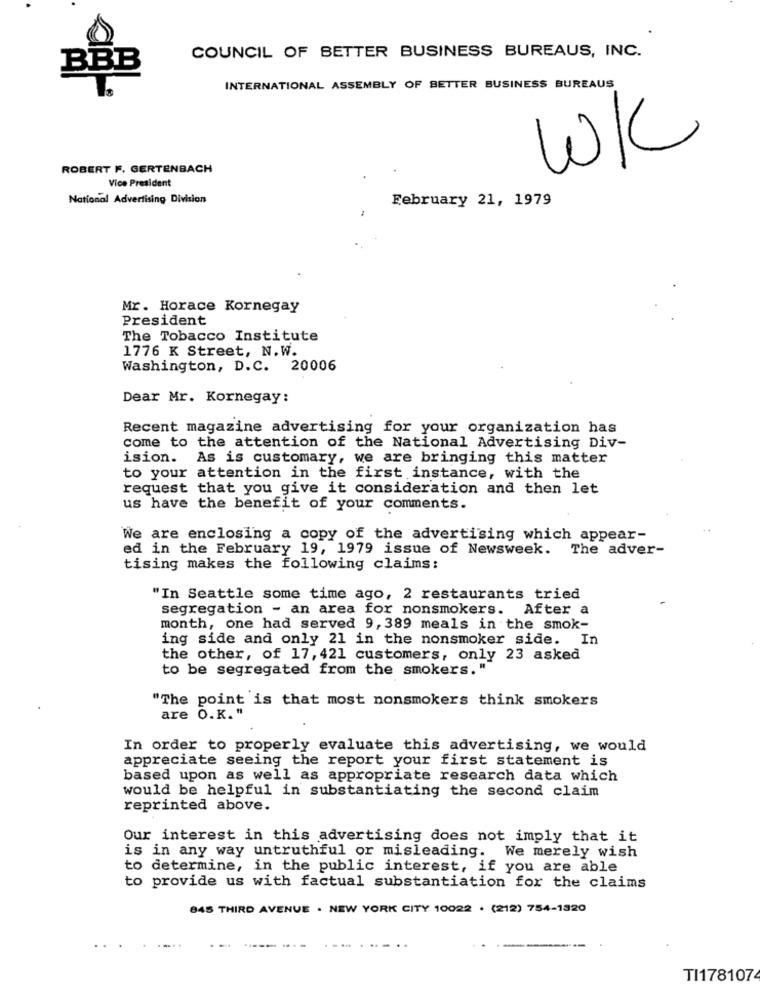
COUNCIL OF BETTER BUSINESS BUREAUS, INC.
BBB
INTERNATIONAL ASSEMBLY OF BETTER BUSINESS BUREAUS
W/C
ROBERT F. GERTENBACH
Vice President
National Advertising Division
February 21, 1979
Mr. Horace Kornegay
President
The Tobacco Institute
1776 K Street, N.W.
Washington, D.C. 20006
Dear Mr. Kornegay:
Recent magazine advertising for your organization has
come to the attention of the National Advertising Div-
ision. As is customary, we are bringing this matter
to your attention in the first instance, with the
request that you give it consideration and then let
us have the benefit of your comments.
We are enclosing a copy of the advertising which appear-
ed in the February 19, 1979 issue of Newsweek. The adver-
tising makes the following claims:
"In Seattle some time ago, 2 restaurants tried
segregation - an area for nonsmokers. After a
month, one had served 9, 389 meals in the smok-
ing side and only 21 in the nonsmoker side. In
the other, of 17, 421 customers, only 23 asked
to be segregated from the smokers."
"The point is that most nonsmokers think smokers
are O.K."
In order to properly evaluate this advertising, we would
appreciate seeing the report your first statement is
based upon as well as appropriate research data which
would be helpful in substantiating the second claim
reprinted above.
Our interest in this advertising does not imply that it
is in any way untruthful or misleading. We merely wish
to determine, in the public interest, if you are able
to provide us with factual substantiation for the claims
845 THIRD AVENUE . NEW YORK CITY 10022 . (212) 754-1320
TI1781074